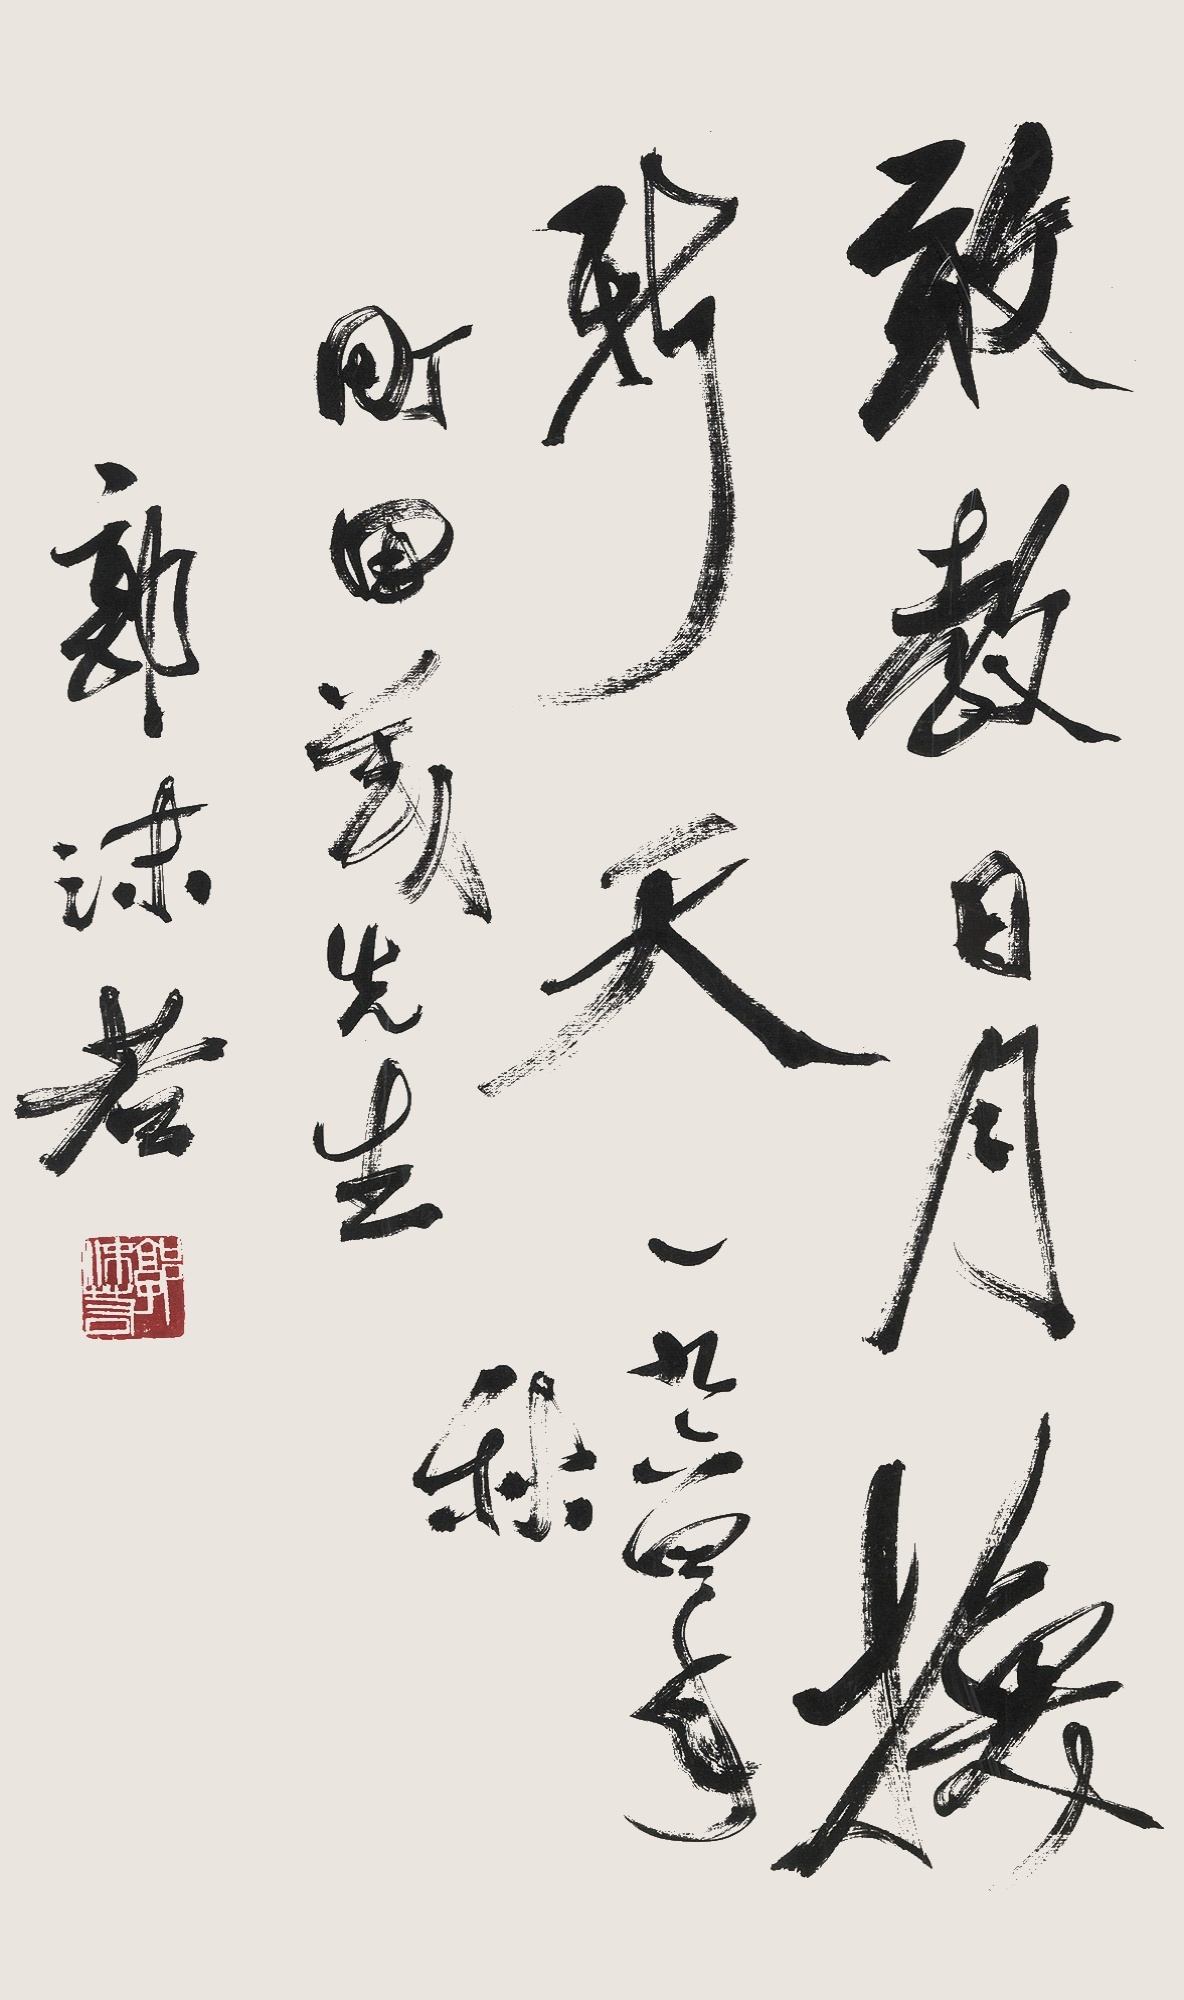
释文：敢教日月换新天一九六四年秋，町田茂先生。郭沫若。